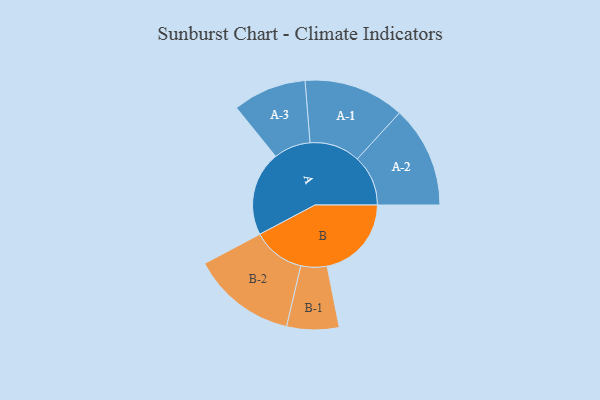
{"axis": {"x": "Segment", "y": "Value"}, "legend": ["", "A", "B"], "data": [{"x": "A", "y": 434, "type": ""}, {"x": "B", "y": 433, "type": ""}, {"x": "A-1", "y": 259, "type": "A"}, {"x": "A-2", "y": 261, "type": "A"}, {"x": "A-3", "y": 189, "type": "A"}, {"x": "B-1", "y": 134, "type": "B"}, {"x": "B-2", "y": 269, "type": "B"}]}